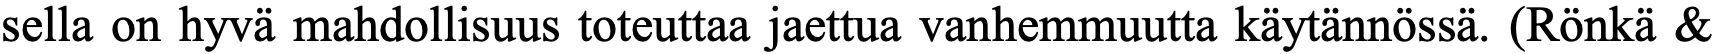
sella on hyvä mahdollisuus toteuttaa jaettua vanhemmuutta käytännössä. (Rönkä &